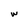
Character: w